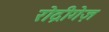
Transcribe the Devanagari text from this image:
रोद्रीगेज़